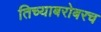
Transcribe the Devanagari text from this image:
तिच्याबरोबरच